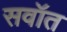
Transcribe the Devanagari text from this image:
सवॉत